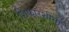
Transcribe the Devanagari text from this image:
शिफारशींना